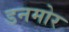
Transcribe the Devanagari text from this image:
डनमोर